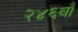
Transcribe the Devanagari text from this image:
२४६वाँ